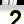
Digit: 2